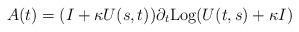
LaTeX: \begin{align*} A(t) = (I + \kappa U(s,t))\partial_t {\rm Log} ( U(t,s) + \kappa I)\end{align*}